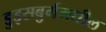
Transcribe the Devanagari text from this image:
डुइसबुर्गमधील